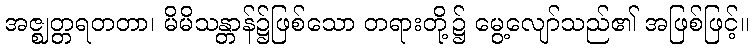
အဇ္ဈတ္တရတတာ၊ မိမိသန္တာန်၌ဖြစ်သော တရားတို့၌ မွေ့လျော်သည်၏ အဖြစ်ဖြင့်။